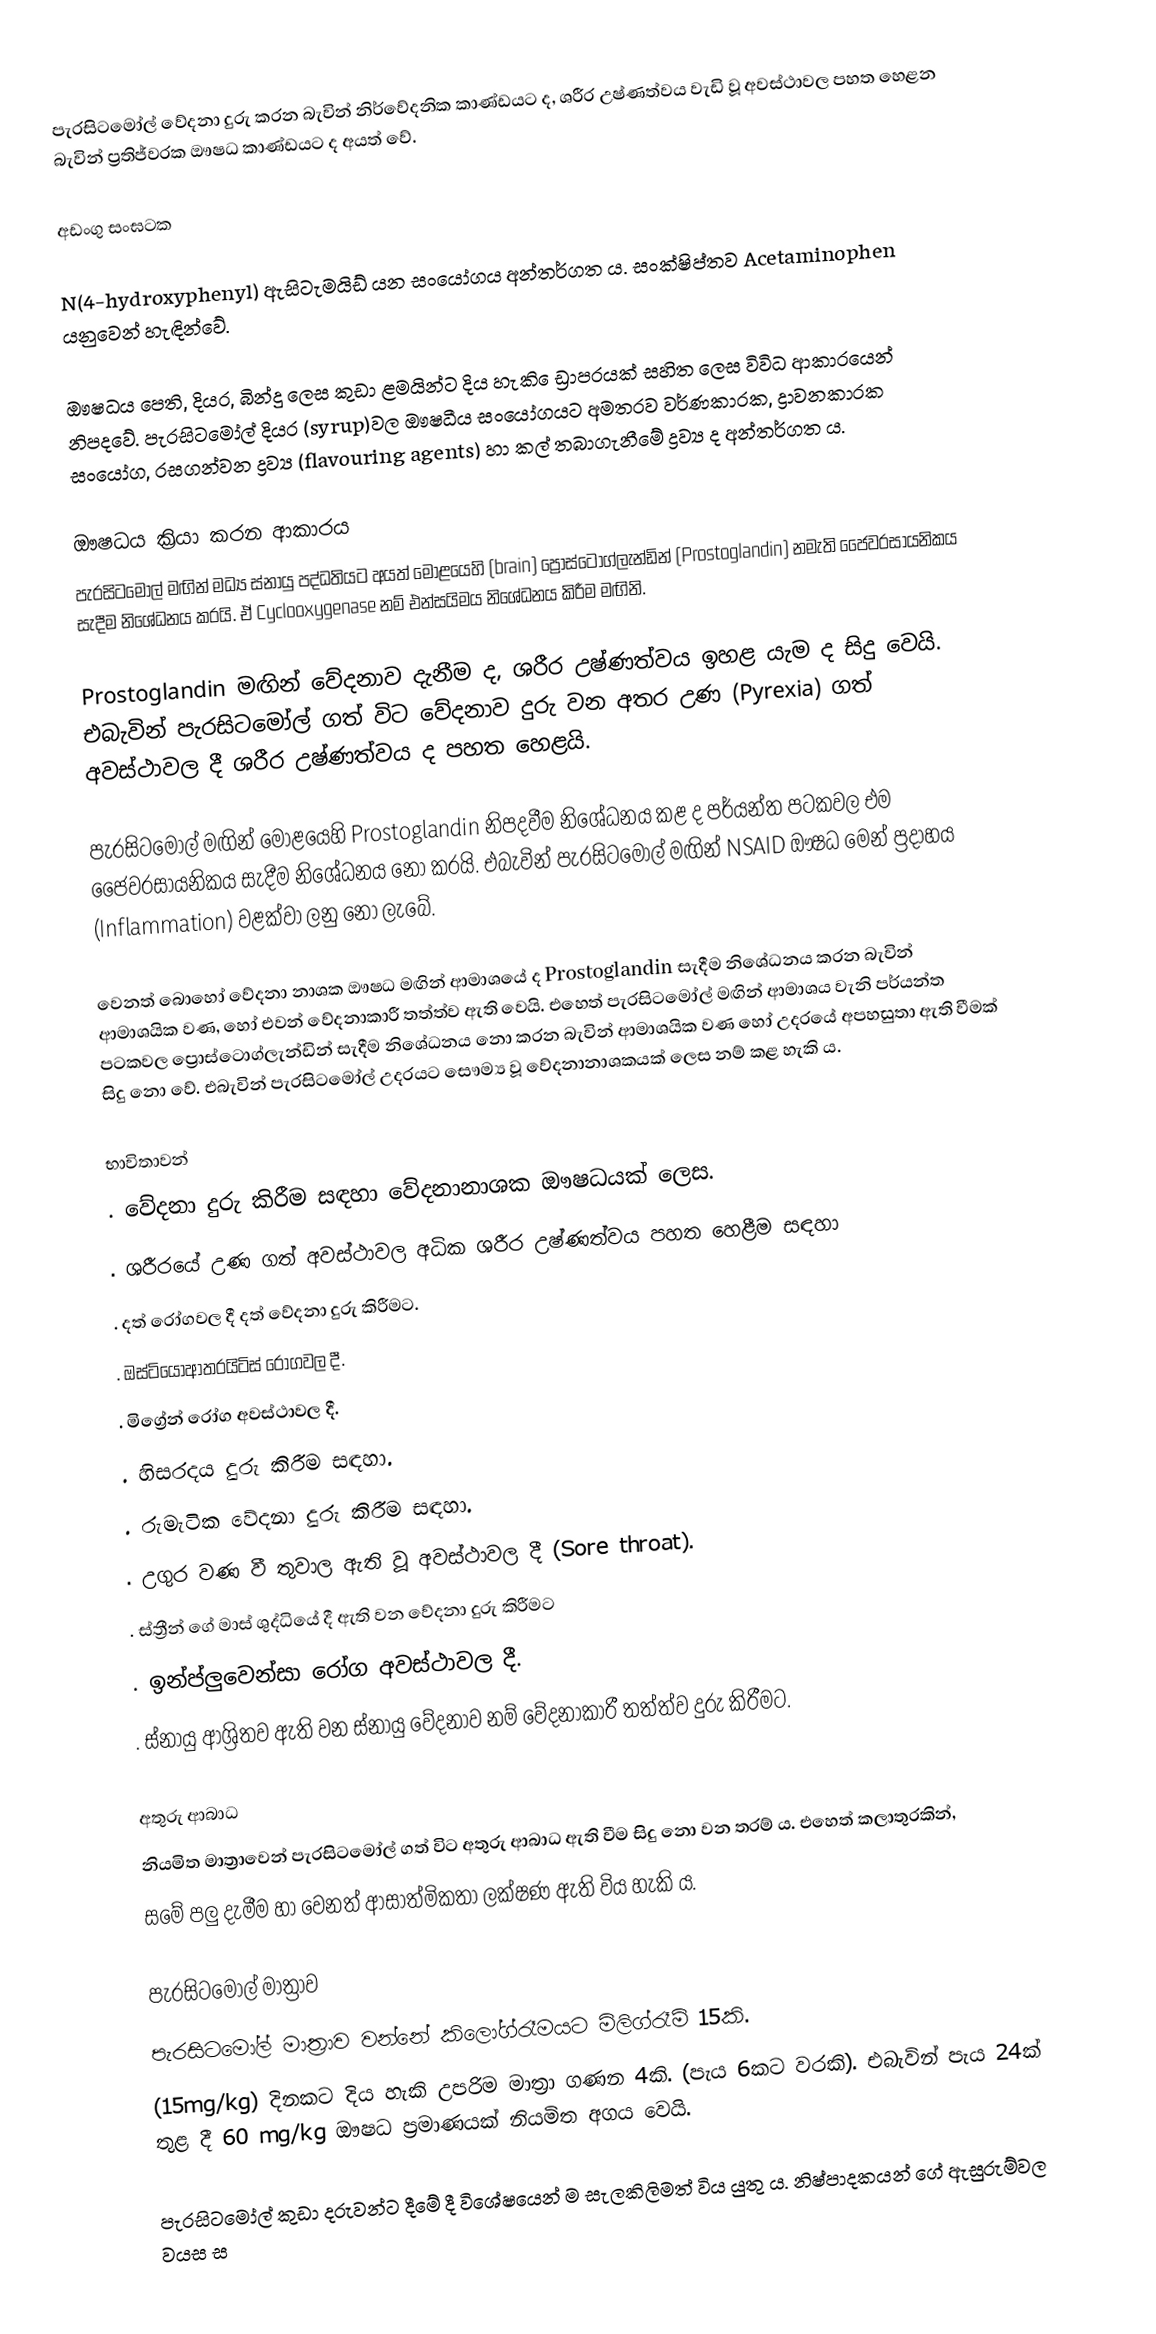
පැරසිටමෝල් වේදනා දුරු කරන බැවින් නිර්වේදනික කාණ්‌ඩයට ද, ශරීර උෂ්ණත්වය වැඩි වූ අවස්‌ථාවල පහත හෙළන බැවින් ප්‍රතිජ්වරක ඖෂධ කාණ්‌ඩයට ද අයත් වේ.

අඩංගු සංඝටක

N(4-hydroxyphenyl) ඇසිටැමයිඩ් යන සංයෝගය අන්තර්ගත ය. සංක්‌ෂිප්තව Acetaminophen යනුවෙන් හැඳින්වේ.

ඖෂධය පෙති, දියර, බින්දු ලෙස කුඩා ළමයින්ට දිය හැකි ෙඩ්‍රාපරයක්‌ සහිත ලෙස විවිධ ආකාරයෙන් නිපදවේ. පැරසිටමෝල් දියර (syrup)වල ඖෂධීය සංයෝගයට අමතරව වර්ණකාරක, ද්‍රාවනකාරක සංයෝග, රසගන්වන ද්‍රව්‍ය (flavouring agents) හා කල් තබාගැනීමේ ද්‍රව්‍ය ද අන්තර්ගත ය.

ඖෂධය ක්‍රියා කරන ආකාරය
පැරසිටමෝල් මඟින් මධ්‍ය ස්‌නායු පද්ධතියට අයත් මොළයෙහි (brain) ප්‍රොස්‌ටොග්ලැන්ඩින් (Prostoglandin) නමැති ජෛවරසායනිකය සැදීම නිශේධනය කරයි. ඒ Cyclooxygenase නම් එන්සයිමය නිශේධනය කිරීම මඟිනි.

Prostoglandin මඟින් වේදනාව දැනීම ද, ශරීර උෂ්ණත්වය ඉහළ යැම ද සිදු වෙයි. එබැවින් පැරසිටමෝල් ගත් විට වේදනාව දුරු වන අතර උණ (Pyrexia) ගත් අවස්‌ථාවල දී ශරීර උෂ්ණත්වය ද පහත හෙළයි.

පැරසිටමෝල් මඟින් මොළයෙහි Prostoglandin නිපදවීම නිශේධනය කළ ද පර්යන්ත පටකවල එම ජෛවරසායනිකය සැදීම නිශේධනය නො කරයි. එබැවින් පැරසිටමෝල් මඟින් NSAID ඖෂධ මෙන් ප්‍රදාහය (Inflammation) වළක්‌වා ලනු නො ලැබේ.

වෙනත් බොහෝ වේදනා නාශක ඖෂධ මඟින් ආමාශයේ ද Prostoglandin සැදීම නිශේධනය කරන බැවින් ආමාශයික වණ, හෝ එවන් වේදනාකාරී තත්ත්ව ඇති වෙයි. එහෙත් පැරසිටමෝල් මඟින් ආමාශය වැනි පර්යන්ත පටකවල ප්‍රොස්‌ටොග්ලැන්ඩින් සැදීම නිශේධනය නො කරන බැවින් ආමාශයික වණ හෝ උදරයේ අපහසුතා ඇති වීමක්‌ සිදු නො වේ. එබැවින් පැරසිටමෝල් උදරයට සෞම්‍ය වූ වේදනානාශකයක්‌ ලෙස නම් කළ හැකි ය.

භාවිතාවන්
. වේදනා දුරු කිරීම සඳහා වේදනානාශක ඖෂධයක්‌ ලෙස.
. ශරීරයේ උණ ගත් අවස්‌ථාවල අධික ශරීර උෂ්ණත්වය පහත හෙළීම සඳහා
. දත් රෝගවල දී දත් වේදනා දුරු කිරීමට.
. ඔස්‌ටියෝආතරයිටිස්‌ රෝගවල දී.
. මිග්‍රේන් රෝග අවස්‌ථාවල දී.
. හිසරදය දුරු කිරීම සඳහා.
. රුමැටික වේදනා දුරු කිරීම සඳහා.
. උගුර වණ වී තුවාල ඇති වූ අවස්‌ථාවල දී (Sore throat).
. ස්‌ත්‍රීන් ගේ මාස්‌ ශුද්ධියේ දී ඇති වන වේදනා දුරු කිරීමට
. ඉන්ප්ලුවෙන්සා රෝග අවස්‌ථාවල දී.
. ස්‌නායු ආශ්‍රිතව ඇති වන ස්නායු වේදනාව නම් වේදනාකාරී තත්ත්ව දුරු කිරීමට.

අතුරු ආබාධ
නියමිත මාත්‍රාවෙන් පැරසිටමෝල් ගත් විට අතුරු ආබාධ ඇති වීම සිදු නො වන තරම් ය. එහෙත් කලාතුරකින්,
සමේ පලු දැමීම හා වෙනත් ආසාත්මිකතා ලක්‌ෂණ ඇති විය හැකි ය.

පැරසිටමෝල් මාත්‍රාව
පැරසිටමෝල් මාත්‍රාව වන්නේ කිලෝග්රෑමයට මිලිග්රෑම් 15කි.
(15mg/kg) දිනකට දිය හැකි උපරිම මාත්‍රා ගණන 4කි. (පැය 6කට වරකි). එබැවින් පැය 24ක්‌ තුළ දී 60 mg/kg ඖෂධ ප්‍රමාණයක්‌ නියමිත අගය වෙයි.

පැරසිටමෝල් කුඩා දරුවන්ට දීමේ දී විශේෂයෙන් ම සැලකිලිමත් විය යුතු ය. නිෂ්පාදකයන් ගේ ඇසුරුම්වල වයස ස